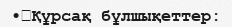
•	Құрсақ бұлшықеттер: